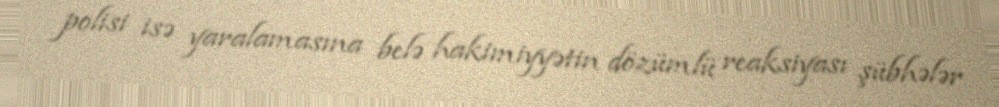
polisi isə yaralamasına belə hakimiyyətin dözümlü reaksiyası şübhələr